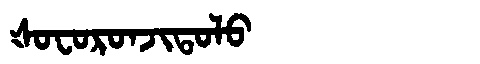
Manchu: ᡧᠣᠸᠣᡵᠣᠨᠵᡳᡨᠣᠯᠣ
Romanization: ŠOFORONJITOLO